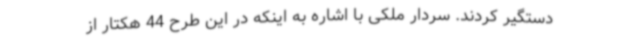
دستگیر کردند. سردار ملکی با اشاره به اینکه در این طرح 44 هکتار از